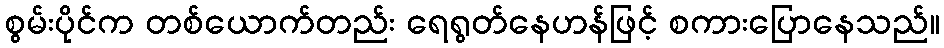
စွမ်းပိုင်က တစ်ယောက်တည်း ရေရွတ်နေဟန်ဖြင့် စကားပြောနေသည်။